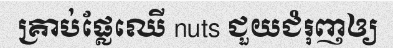
គ្រាប់ផ្លែឈើ nuts ជួយជំរុញឲ្យ